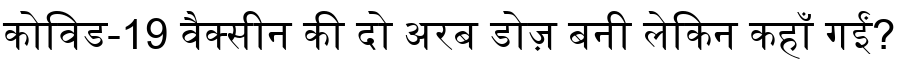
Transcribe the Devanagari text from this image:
कोविड-19 वैक्सीन की दो अरब डोज़ बनी लेकिन कहाँ गईं?